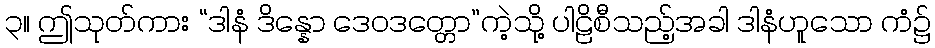
၃။ ဤသုတ်ကား “ဒါနံ ဒိန္နော ဒေဝဒတ္တော”ကဲ့သို့ ပါဠိစီသည့်အခါ ဒါနံဟူသော ကံ၌